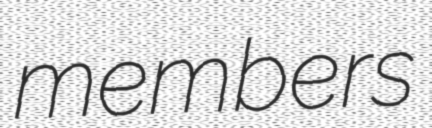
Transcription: members